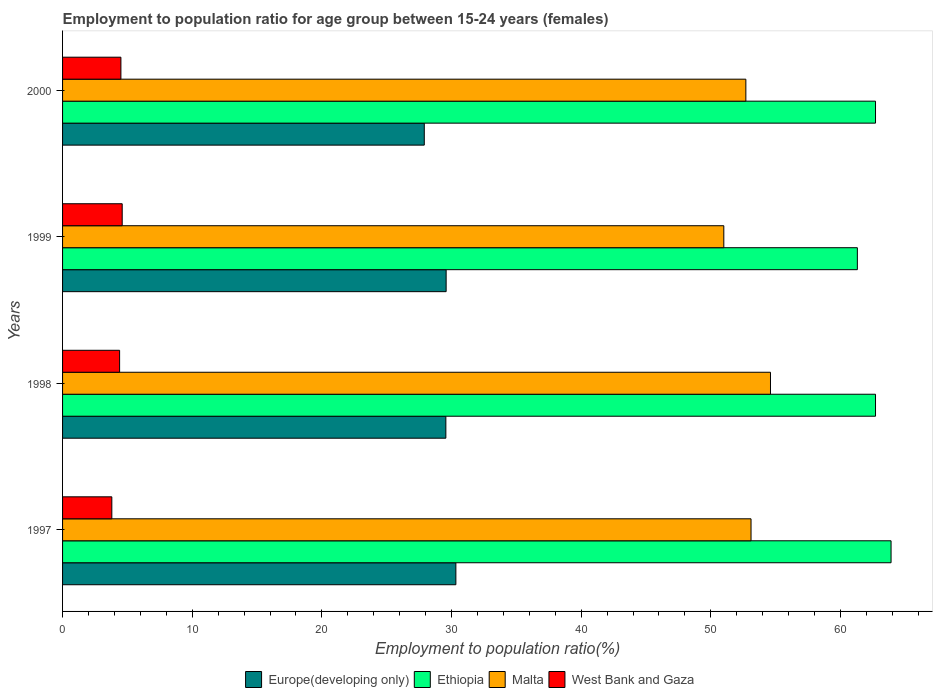
| Years | Europe(developing only) | Ethiopia | Malta | West Bank and Gaza |
 | --- | --- | --- | --- | --- |
 | 1997 | 30.3 | 63.9 | 53.1 | 3.8 |
 | 1998 | 29.6 | 62.7 | 54.6 | 4.4 |
 | 1999 | 29.6 | 61.3 | 51 | 4.6 |
 | 2000 | 27.9 | 62.7 | 52.7 | 4.5 |